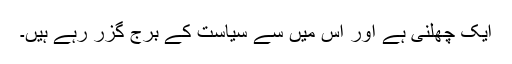
ایک چھلنی ہے اور اس میں سے سیاست کے بُرج گزر رہے ہیں۔